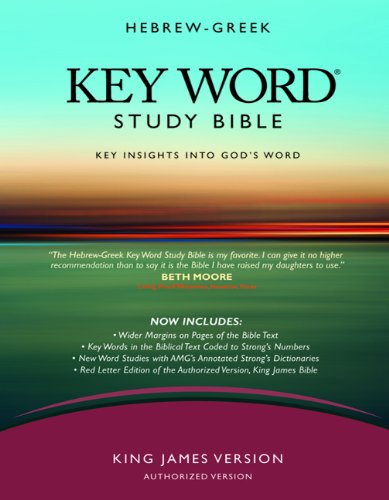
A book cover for The Hebrew-Greek Key Word Study Bible: KJV Edition, Hardbound (Key Word Study Bibles); Christian Books & Bibles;